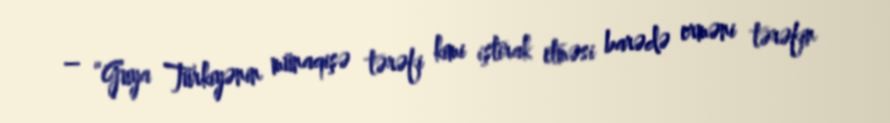
– “Guya Türkiyənin münaqişə tərəfi kimi iştirak etməsi barədə erməni tərəfin